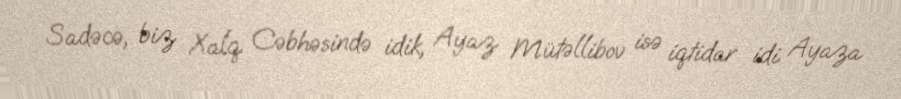
Sadəcə, biz Xalq Cəbhəsində idik, Ayaz Mütəllibov isə iqtidar idi. Ayaza